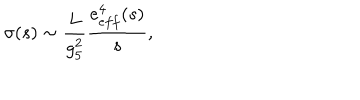
\sigma ( s ) \sim { \frac { L } { g _ { 5 } ^ { 2 } } } \frac { e _ { e f f } ^ { 4 } ( s ) } { s } ,